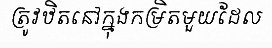
ត្រូវឋិតនៅក្នុងកម្រិតមួយដែល